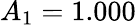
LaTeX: A_{1}=1.000